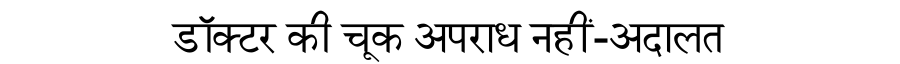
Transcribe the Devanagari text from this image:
डॉक्टर की चूक अपराध नहीं-अदालत